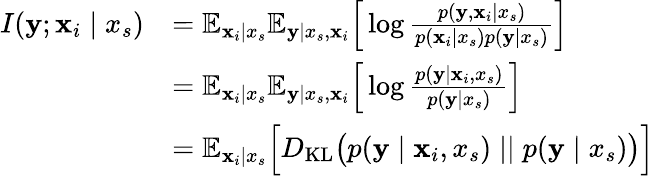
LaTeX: \begin{array}{rl}{I({\mathbf{y}};{\mathbf{x}}_{i}\mid x_{s})}&{=\mathbb{E}_{{\mathbf{x}}_{i}\mid x_{s}}\mathbb{E}_{{\mathbf{y}}\mid x_{s},{\mathbf{x}}_{i}}\Big[\log\frac{p({\mathbf{y}},{\mathbf{x}}_{i}\mid x_{s})}{p({\mathbf{x}}_{i}\mid x_{s})p({\mathbf{y}}\mid x_{s})}\Big]}\\ &{=\mathbb{E}_{{\mathbf{x}}_{i}\mid x_{s}}\mathbb{E}_{{\mathbf{y}}\mid x_{s},{\mathbf{x}}_{i}}\Big[\log\frac{p({\mathbf{y}}\mid{\mathbf{x}}_{i},x_{s})}{p({\mathbf{y}}\mid x_{s})}\Big]}\\ &{=\mathbb{E}_{{\mathbf{x}}_{i}\mid x_{s}}\Big[D_{\mathrm{KL}}\big(p({\mathbf{y}}\mid{\mathbf{x}}_{i},x_{s})\mid\mid p({\mathbf{y}}\mid x_{s})\big)\Big]}\end{array}